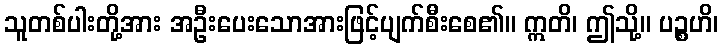
သူတစ်ပါးတို့အား အဦးပေးသောအားဖြင့်ပျက်စီးစေ၏။ ဣတိ၊ ဤသို့။ ပဉ္စဟိ၊